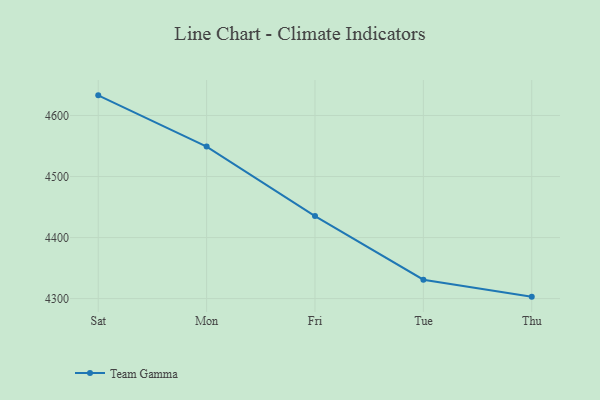
{"axis": {"x": "Day", "y": "Active Users"}, "legend": ["Team Gamma"], "data": [{"x": "Sat", "y": 4633.0, "type": "Team Gamma"}, {"x": "Mon", "y": 4549.1, "type": "Team Gamma"}, {"x": "Fri", "y": 4435.2, "type": "Team Gamma"}, {"x": "Tue", "y": 4331.0, "type": "Team Gamma"}, {"x": "Thu", "y": 4303.2, "type": "Team Gamma"}]}